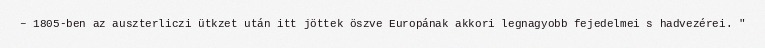
– 1805-ben az auszterliczi ütkzet után itt jöttek öszve Europának akkori legnagyobb fejedelmei s hadvezérei. "